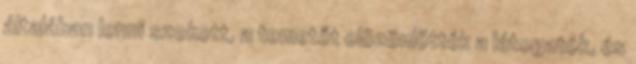
általában lenni szokott, a temetőt elözönlötték a látogatók, és